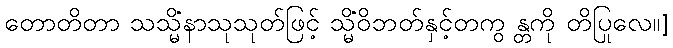
တောတိတာ သသ္မိံနာသုသုတ်ဖြင့် သ္မိံဝိဘတ်နှင့်တကွ န္တကို တိပြုလေ။]